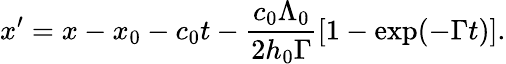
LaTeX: x^{\prime}=x-x_{0}-c_{0}t-\frac{c_{0}\Lambda_{0}}{2h_{0}\Gamma}[1-\exp(-\Gamma t)].